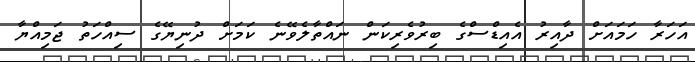
އަހަރާ ހަމައަށް ދާއިރު އެއިޑްސްގެ ބިރުވެރިކަން ނައްތާލެވޭނެ ކަމަށް ދުނިޔޭގެ ސިއްހަތު ޖަމިއްޔާ